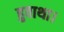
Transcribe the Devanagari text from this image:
हुवाथा।